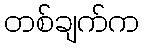
တစ်ချက်က